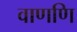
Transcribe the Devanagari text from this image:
वाणणि